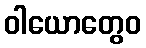
ဝါယောတွေဝ